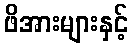
ဖိအားများနှင့်